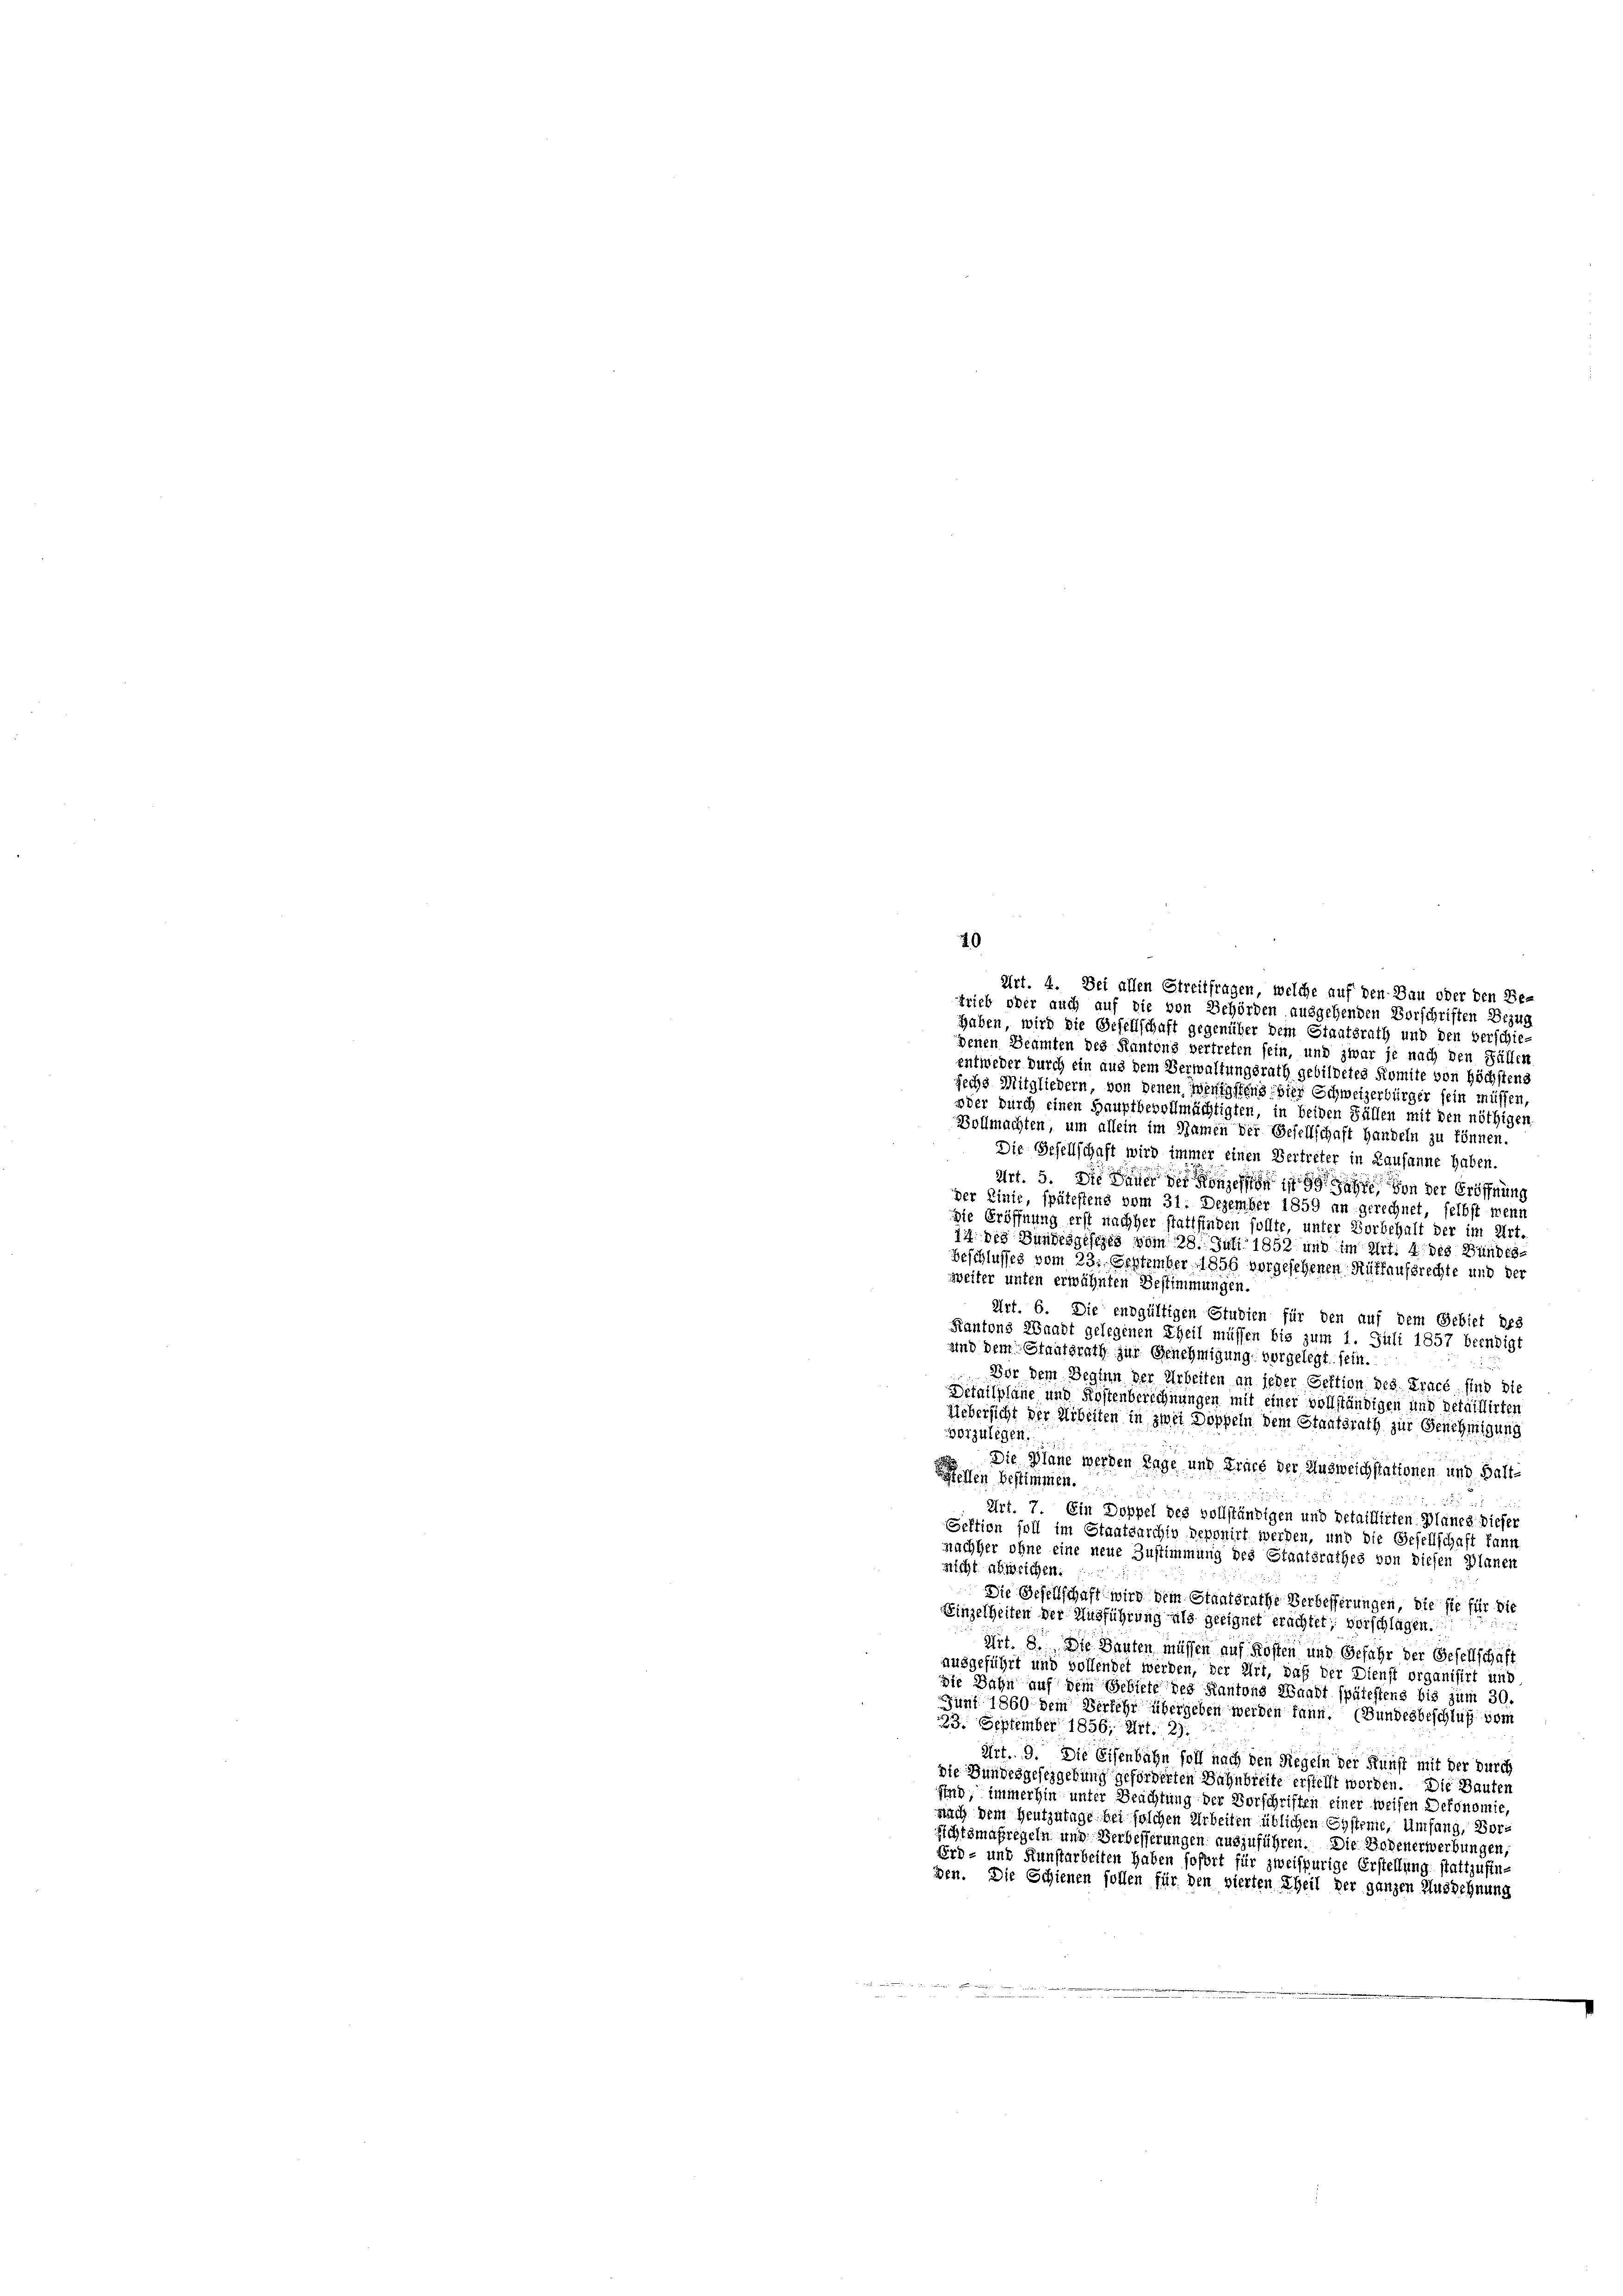
Art. 4. Sei allen Streitfragen, welche auf den Bau oder den Be-
trieb oder auch auf die von Behörden ausgehenden Vorschriften Bezug
haben, wird die Gesellschaft gegenüber dem Staatsrath und den verschie-
denen Beamten des Kantons vertreten sein, und zwar je nach den Fällen
entweder durch ein aus dem Verwaltungsrath gebildetes Komite von höchstens
sechs Mitgliedern, von denen Wenigstens hier Schweizerbürger sein müssen,
woder durch einen Hauptbevollmächtigten, in beiden Fällen mit den nöthigen,
Vollmachten, um allein im Namen der Gesellschaft Handeln zu können.
Die Gesellschaft wird immer einen Vertreter in Lausanne haben.
Art. 5. Die Dauer der Konsessen in den von der Eröffnung
der Linie, spätestens vom 31. Dezember 1859 an gerechnet, selbst wenn
Die Eröffnung erst nachher stattfinden sollte, unter Vorbehalt der im Art.
14 des Bundesgesezes vom 28. Juli 1852 und im Art. 4 des Bundes-
Beschlusses vom 23. September 1856 vorgesehenen Rützaufsrechte und der
weiter unten erwähnten Bestimmungen.
Art. 6. Die endgültigen Studien für den auf dem Gebiet bes
Kantons Waadt gelegenen Theil müssen bis zum 1. Juli 1857 beendigt
und dem Staatsrath zur Genehmigung vorgelegt. sein.
Vor dem Beginn der Arbeiten an jeder Sektion des Tracé, sind die
detailpläne und Kostenberechnungen mit einer vollständigen und getaillirten
Uebersicht der Arbeiten in zwei Doppeln dem Staatsrath zur Genehmigung
vorzulegen
2 Die Pläne werden Tage und Fruch der Ausweichstationen und Halt-
een bestimmen.
Art. 7. Ein Doppel des vollständigen und detaillirten Planes. Dieser
Sektion soll im Staatsarchiv deponirt werden, und die Gesellschaft kann
nachher ohne eine neue Zustimmung des Staatsrathes von diesen Planen
nicht abweichen.
Die Gesellschaft wird dem Staatsrathe Verbesserungen, die sie für die
Einzelheiten der Ausführung als geeignet erachtet; vorschlagen.
Art. 8. Die Bauten müssen auf Kosten und Gefähr der Gesellschaf
ausgeführt und vollendet werden, der Art, daß der Dienst organisirt und
die Bahn auf dem Gebiete des Kantons Waadt spätestens bis zum 30.
Juni 1860 dem Verkehr übergeben werden kann. (Bundesbeschluß vom
23. September 1856; Art. 2).
Art. 9. Die Eisenbahn soll nach den Regeln der Kunst mit der durch
die Bundesgesezgebung geförderten Bahnbreite erstellt worden. Die Bauten
sind, immerhin unter Brachtung der Vorschriften einer weisen Dekonomie
nach dem Heutzutage bei solchen Arbeiten üblichen Systeme, Umfang, Vor¬
Richtsmaßregeln und Verbesserungen auszuführen. Die Bogenerwerbungen
Erd- und Kunstarbeiten haben sofort für zweispurige Erstellung stattzufinden. Die Schienen sollen für den vierten Theil der ganzen Ausdehnung